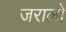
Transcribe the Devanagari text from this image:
जरालो